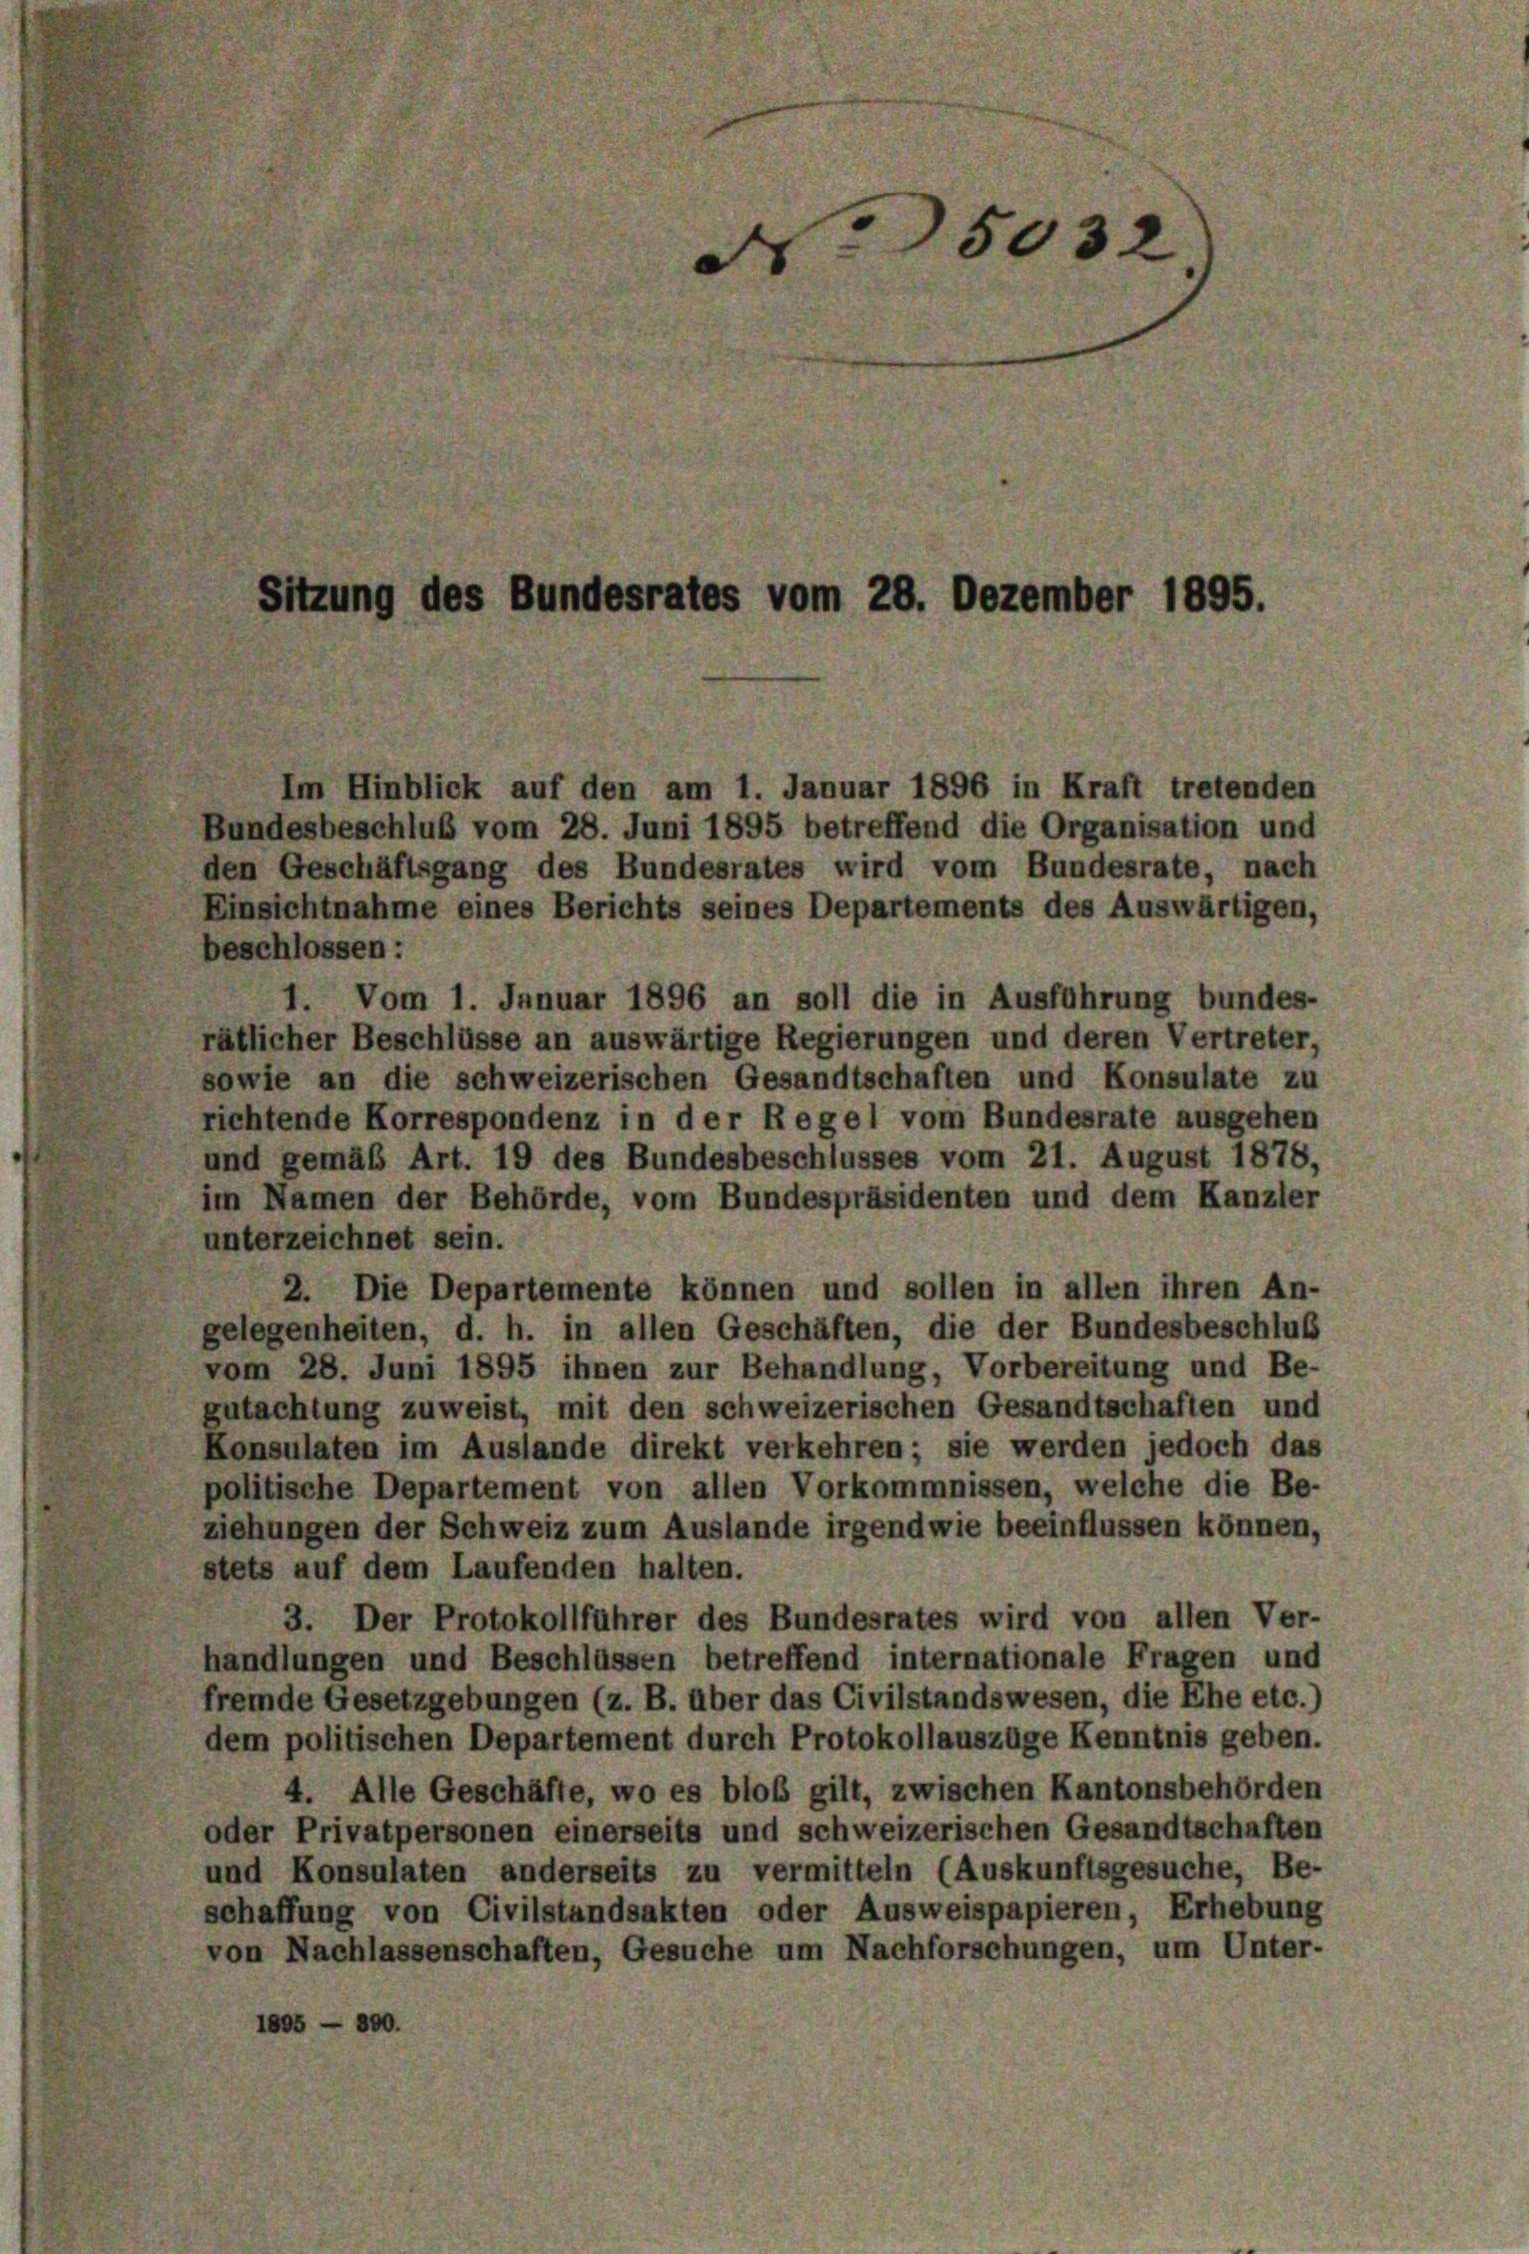
5032

Sitzung des Bundesrates vom 28. Dezember 1895.

Im Hinblick auf den am 1. Januar 1896 in Kraft tretenden
Bundesbeschluß vom 28. Juni 1895 betreffend die Organisation und
den Geschäftsgang des Bundesrates wird vom Bundesrate, nach
Einsichtnahme eines Berichts seines Departements des Auswärtigen,
beschlossen:
1. Vom 1. Januar 1896 an soll die in Ausführung bundes-
rätlicher Beschlüsse an auswärtige Regierungen und deren Vertreter,
sowie an die schweizerischen Gesandtschaften und Konsulate zu
richtende Korrespondenz in der Regel vom Bundesrate ausgehen
und gemäß Art. 19 des Bundesbeschlusses vom 21. August 1878,
im Namen der Behörde, vom Bundespräsidenten und dem Kanzler
unterzeichnet sein.
2. Die Departemente können und sollen in allen ihren An-
gelegenheiten, d. h. in allen Geschäften, die der Bundesbeschluß
vom 28. Juni 1895 ihnen zur Behandlung, Vorbereitung und Be-
gutachtung zuweist, mit den schweizerischen Gesandtschaften und
Konsulaten im Auslande direkt verkehren; sie werden jedoch das
politische Departement von allen Vorkommnissen, welche die Be-
ziehungen der Schweiz zum Auslande irgendwie beeinflussen können,
stets auf dem Laufenden halten.
3. Der Protokollführer des Bundesrates wird von allen Ver-
handlungen und Beschlüssen betreffend internationale Fragen und
fremde Gesetzgebungen (z. B. über das Civilstandswesen, die Ehe etc.)
dem politischen Departement durch Protokollauszüge Kenntnis geben.
4. Alle Geschäfte, wo es bloß gilt, zwischen Kantonsbehörden
oder Privatpersonen einerseits und schweizerischen Gesandtschaften
und Konsulaten anderseits zu vermitteln (Auskunftsgesuche, Be-
schaffung von Civilstandsakten oder Ausweispapieren, Erhebung
von Nachlassenschaften, Gesuche um Nachforschungen, um Unter-
1805 - 800.